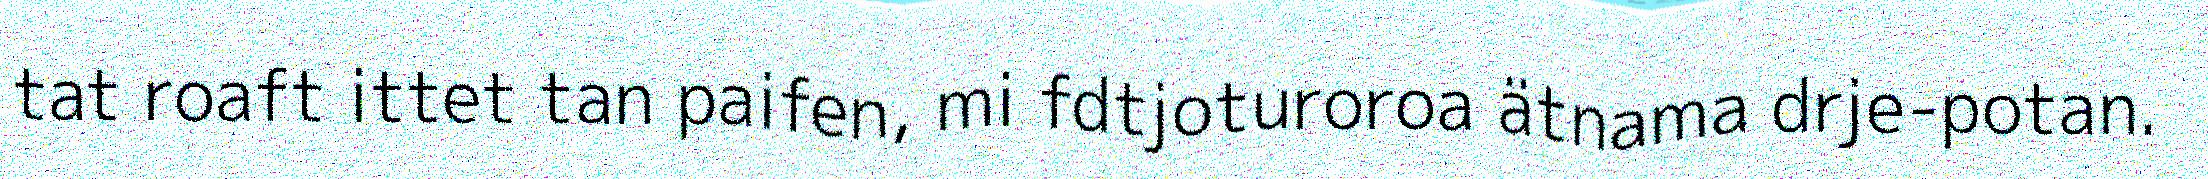
tat roaft ittet tan paifen, mi fdtjoturoroa ätnama drje-potan.